Document type: Sale
Year: 1305
Scribe: Bernat de Vilarúbia
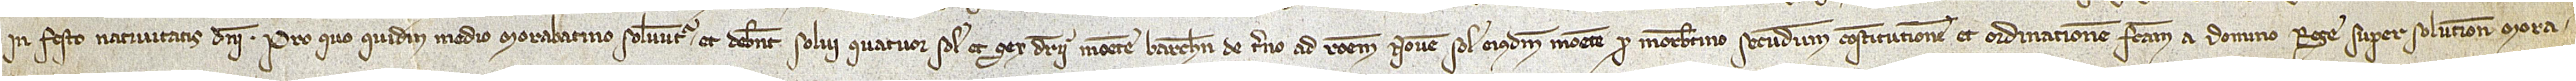
in festo Nativitatis Domini. Pro quo quidem medio morabatino solvuntur et debent solvi quatuor solidos et sex denarii monete Barchinone de terno ad rationem novem solidorum eiusdem monete pro morabatino, secundum constitutionem et ordinationem factam a domino rege super solutione mora-